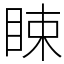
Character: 䀳